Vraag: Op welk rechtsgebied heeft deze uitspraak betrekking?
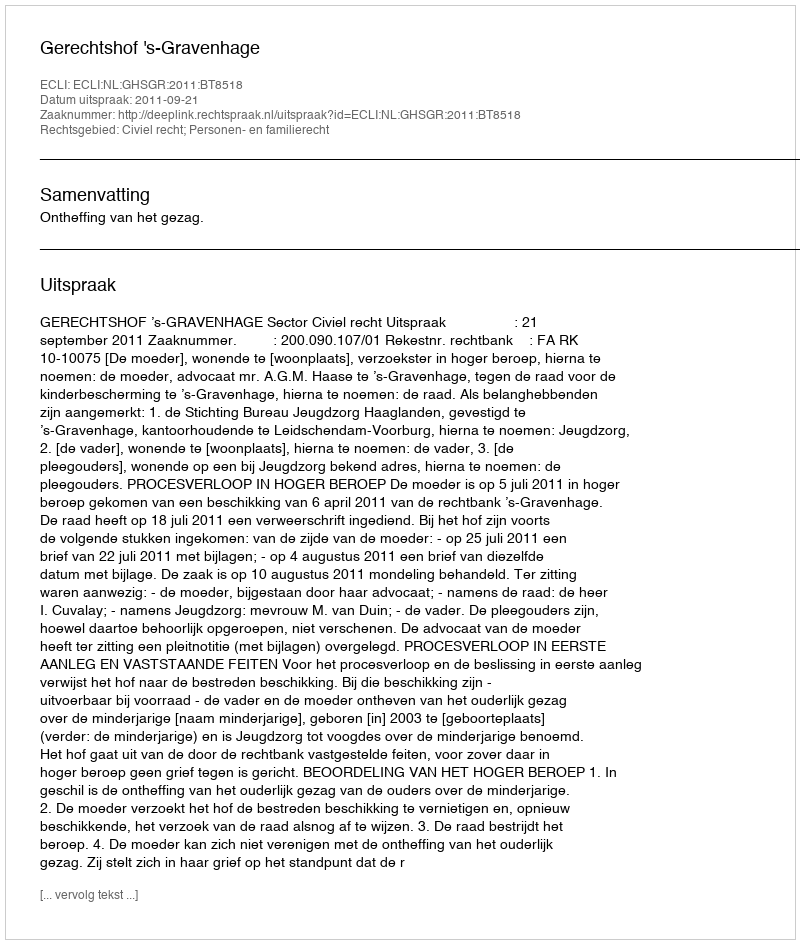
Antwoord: Civiel recht; Personen- en familierecht